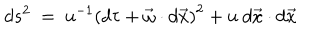
d s ^ { 2 } ~ = ~ u ^ { - 1 } \left( d \tau + \vec { \omega } \cdot d \vec { x } \right) ^ { 2 } + u ~ d \vec { x } \cdot d \vec { x }